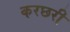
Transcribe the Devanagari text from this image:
करछरी